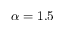
\alpha = 1 . 5